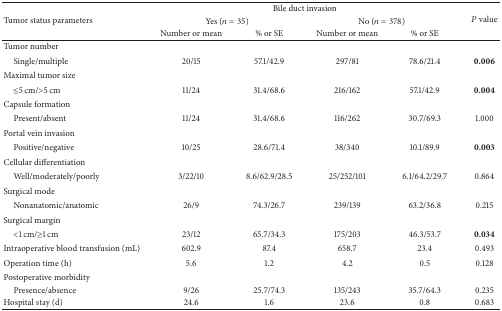
| <ROWSPAN=3> Tumor status parameters | <COLSPAN=4> Bile duct invasion | <ROWSPAN=3> P value |
 | <COLSPAN=2> Yes (n = 35) | <COLSPAN=2> No (n = 378) |
 | Number or mean | % or SE | Number or mean | % or SE |
 | --- | --- | --- | --- | --- | --- |
 | Tumor number |  |  |  |  |  |
 | Single/multiple | 20/15 | 57.1/42.9 | 297/81 | 78.6/21.4 | 0.006 |
 | Maximal tumor size |  |  |  |  |  |
 | ≤5 cm/>5 cm | 11/24 | 31.4/68.6 | 216/162 | 57.1/42.9 | 0.004 |
 | Capsule formation |  |  |  |  |  |
 | Present/absent | 11/24 | 31.4/68.6 | 116/262 | 30.7/69.3 | 1.000 |
 | Portal vein invasion |  |  |  |  |  |
 | Positive/negative | 10/25 | 28.6/71.4 | 38/340 | 10.1/89.9 | 0.003 |
 | Cellular differentiation |  |  |  |  |  |
 | Well/moderately/poorly | 3/22/10 | 8.6/62.9/28.5 | 25/252/101 | 6.1/64.2/29.7 | 0.864 |
 | Surgical mode |  |  |  |  |  |
 | Nonanatomic/anatomic | 26/9 | 74.3/26.7 | 239/139 | 63.2/36.8 | 0.215 |
 | Surgical margin |  |  |  |  |  |
 | <1 cm/≥1 cm | 23/12 | 65.7/34.3 | 175/203 | 46.3/53.7 | 0.034 |
 | Intraoperative blood transfusion (mL) | 602.9 | 87.4 | 658.7 | 23.4 | 0.493 |
 | Operation time (h) | 5.6 | 1.2 | 4.2 | 0.5 | 0.128 |
 | Postoperative morbidity |  |  |  |  |  |
 | Presence/absence | 9/26 | 25.7/74.3 | 135/243 | 35.7/64.3 | 0.235 |
 | Hospital stay (d) | 24.6 | 1.6 | 23.6 | 0.8 | 0.683 |